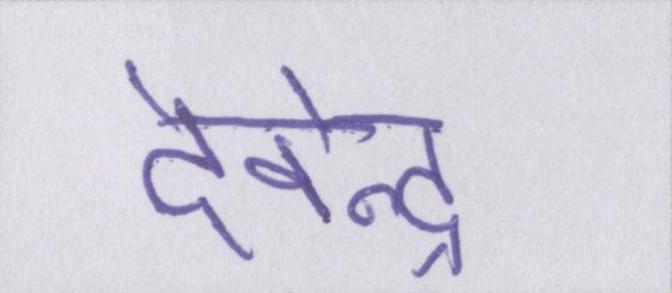
देवेन्द्र